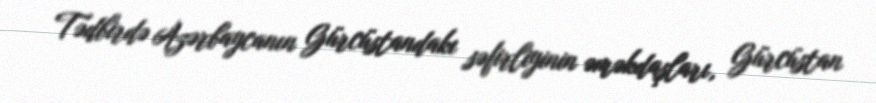
Tədbirdə Azərbaycanın Gürcüstandakı səfirliyinin əməkdaşları, Gürcüstan